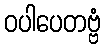
ဝပါပေတဗ္ဗံ